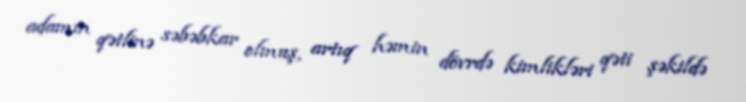
adamın qətlinə səbəbkar olmuş, artıq həmin dövrdə kimlikləri qəti şəkildə